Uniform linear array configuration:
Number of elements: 24
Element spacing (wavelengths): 0.5
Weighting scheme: hann
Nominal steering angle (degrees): -15
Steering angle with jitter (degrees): -13.988
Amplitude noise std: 0.05
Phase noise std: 0.05

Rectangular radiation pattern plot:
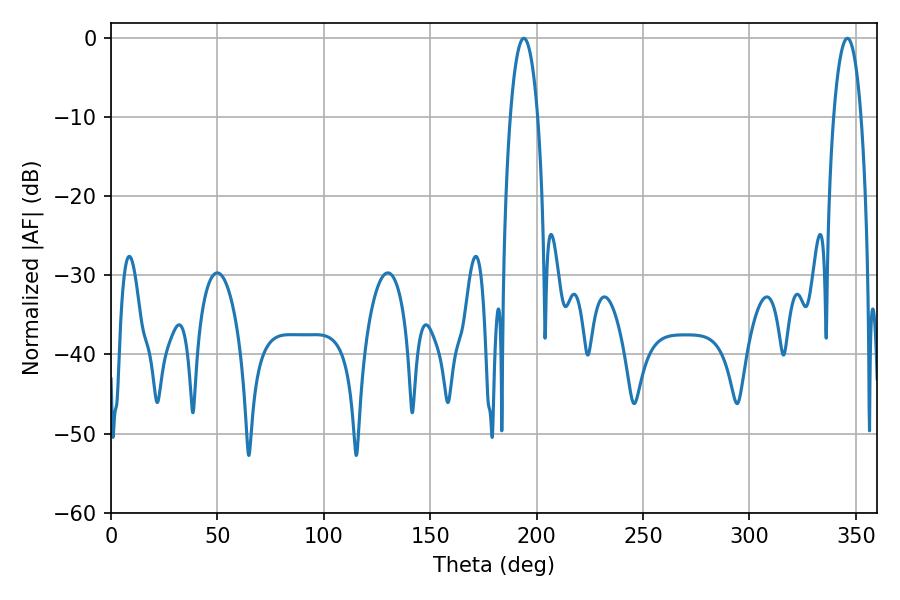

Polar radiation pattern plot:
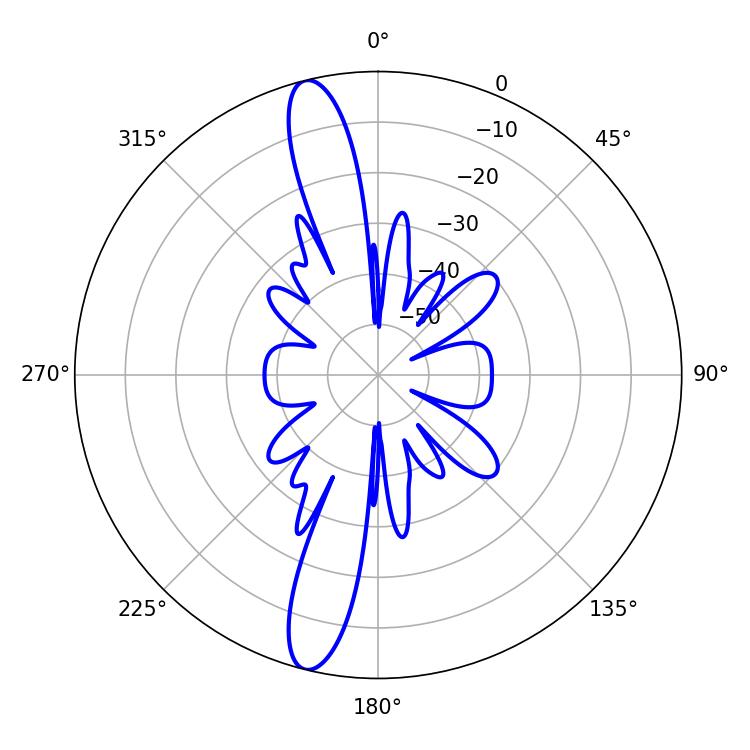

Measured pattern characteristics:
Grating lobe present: FALSE
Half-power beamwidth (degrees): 7.2
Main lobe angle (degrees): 345.96